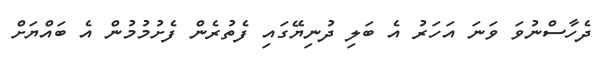
ދެހާސްނުވަ ވަނަ އަހަރު އެ ބަލި ދުނިޔޭގައި ފެތުރެން ފެށުމުމުން އެ ބައްޔަށް